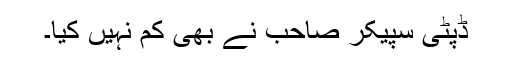
ڈپٹی سپیکر صاحب نے بھی کم نہیں کیا۔